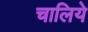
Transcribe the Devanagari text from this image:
चालिये